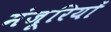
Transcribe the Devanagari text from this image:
मंजूरियों